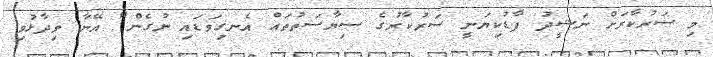
މި ސަރުކާރަށް ނަޝީދު ފާޑުކިޔަނީ ސަރުކާރުގެ ސިޔާސަތުތައް އެނގިވަޑައި ނުގެން" އޭނާ ވިދާޅުވި